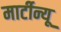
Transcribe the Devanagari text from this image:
मार्टीन्यू